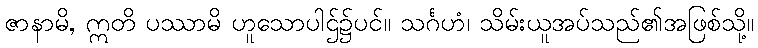
ဇာနာမိ, ဣတိ ပဿာမိ ဟူသောပါဌ်၌ပင်။ သင်္ဂဟံ၊ သိမ်းယူအပ်သည်၏အဖြစ်သို့။